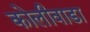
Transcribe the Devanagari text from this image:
कोलीवाडा